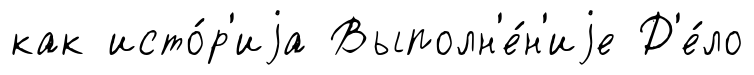
как исто́р'иjа Выполн'е́н'иjе Д'е́ло